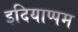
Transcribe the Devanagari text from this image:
इदियाप्पम